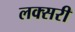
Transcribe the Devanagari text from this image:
लक्सरी